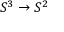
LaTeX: S ^ { 3 } \to S ^ { 2 }